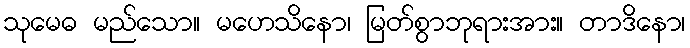
သုမေဓ မည်သော။ မဟေသိနော၊ မြတ်စွာဘုရားအား။ တာဒိနော၊